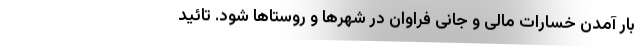
بار آمدن خسارات مالی و جانی فراوان در شهرها و روستاها شود. تائید